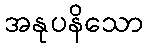
အနုပနိသော